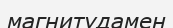
магнитудамен